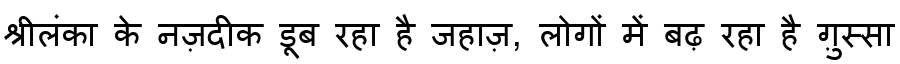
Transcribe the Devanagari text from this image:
श्रीलंका के नज़दीक डूब रहा है जहाज़, लोगों में बढ़ रहा है ग़ुस्सा